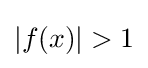
|f(x)|>1